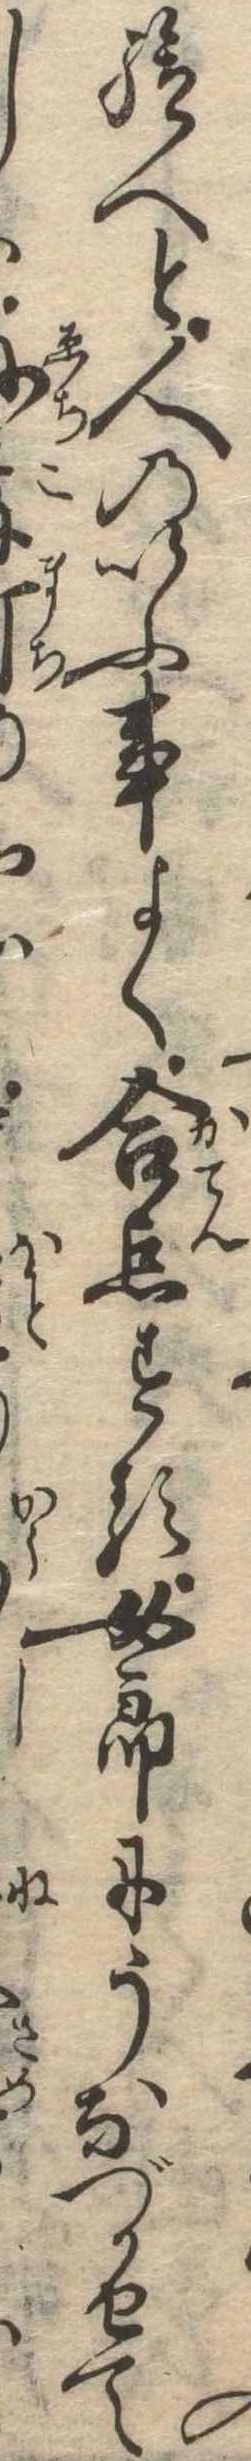
給へと人のいふ事よく合点する女郎にうなづかせて